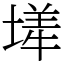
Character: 㙚